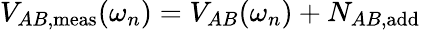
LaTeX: V_{AB,\mathrm{meas}}(\omega_{n})=V_{AB}(\omega_{n})+N_{AB,\mathrm{add}}